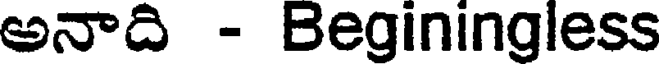
అనాది - Beginingless